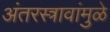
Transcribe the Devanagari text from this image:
अंतरस्त्रावांमुळे